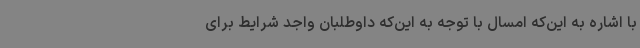
با اشاره به این‌که امسال با توجه به این‌که داوطلبان واجد شرایط برای